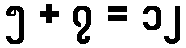
၅ + ၇ = ၁၂